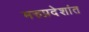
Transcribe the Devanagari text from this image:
मरुप्रदेशांत